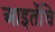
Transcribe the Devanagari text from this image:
आइतेंचि